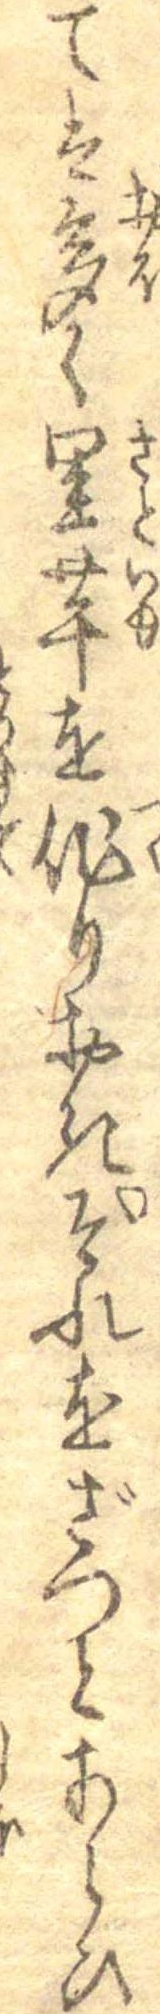
ては多く里芋を作りおきそれをざつとあらひ